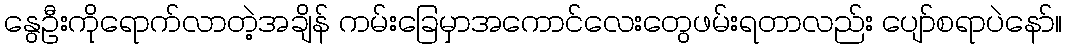
နွေဦးကိုရောက်လာတဲ့အချိန် ကမ်းခြေမှာအကောင်လေးတွေဖမ်းရတာလည်း ပျော်စရာပဲနော်။